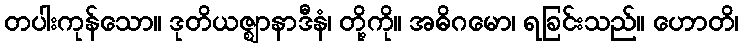
တပါးကုန်သော။ ဒုတိယဇ္ဈာနာဒီနံ၊ တို့ကို။ အဓိဂမော၊ ရခြင်းသည်။ ဟောတိ၊